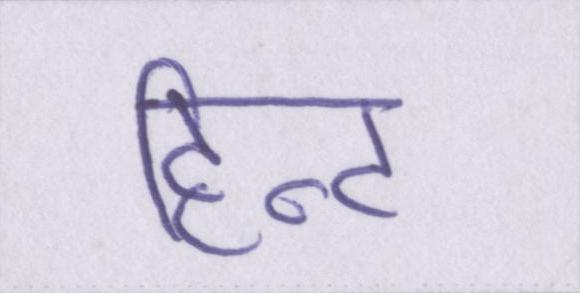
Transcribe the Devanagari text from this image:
हिन्ट